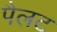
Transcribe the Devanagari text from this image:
पैलट